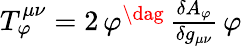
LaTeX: \begin{array}{r}{T_{\varphi}^{\mu\nu}=2\, \varphi^{\dag}\, \frac{\delta A_{\varphi}}{\delta g_{\mu\nu}}\, \varphi}\end{array}